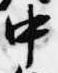
中